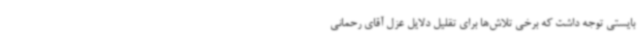
بایستی توجه داشت که برخی تلاش‌ها برای تقلیل دلایل عزل آقای رحمانی